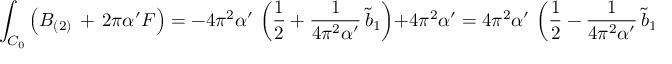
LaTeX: \int _ { { \cal C } _ { 0 } } \left( B _ { ( 2 ) } \, + \, 2 \pi \alpha ^ { \prime } { \cal F } \right) = - 4 \pi ^ { 2 } \alpha ^ { \prime } \, \left( \frac { 1 } { 2 } + \frac { 1 } { 4 \pi ^ { 2 } \alpha ^ { \prime } } \, \tilde { b } _ { 1 } \right) + 4 \pi ^ { 2 } \alpha ^ { \prime } = 4 \pi ^ { 2 } \alpha ^ { \prime } \, \left( \frac { 1 } { 2 } - \frac { 1 } { 4 \pi ^ { 2 } \alpha ^ { \prime } } \, \tilde { b } _ { 1 } \right)